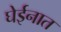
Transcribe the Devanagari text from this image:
घेईनात